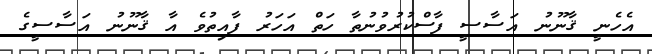
އެހެނީ ޤާނޫނު އަސާސީ ފާސްކުރުވުނުތާ ހަތް އަހަރު ފާއިތުވެ އާ ޤާނޫނު އަސާސީގެ